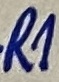
Text: R1